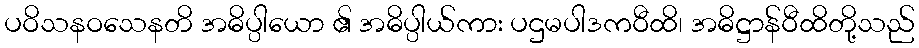
ပဝိသနဝသေနတိ အဓိပ္ပါယော ၏ အဓိပ္ပါယ်ကား ပဌမပါဒကဝီထိ၊ အဓိဋ္ဌာန်ဝီထိတို့သည်